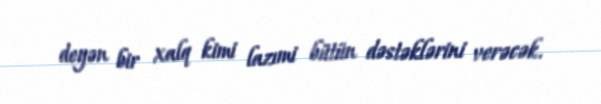
deyən bir xalq kimi lazımi bütün dəstəklərini verəcək.